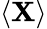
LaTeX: \langle\mathbf{X}\rangle